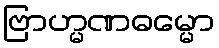
ဗြာဟ္မဏဓမ္မော